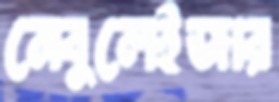
নেবুলেইজার